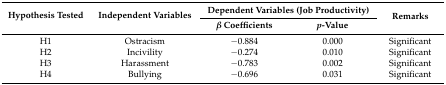
| <ROWSPAN=2> Hypothesis Tested | <ROWSPAN=2> Independent Variables | <COLSPAN=2> Dependent Variables (Job Productivity) | <ROWSPAN=2> Remarks |
 | β Coefficients | p-Value |
 | --- | --- | --- | --- | --- |
 | H1 | Ostracism | −0.884 | 0.000 | Significant |
 | H2 | Incivility | −0.274 | 0.010 | Significant |
 | H3 | Harassment | −0.783 | 0.002 | Significant |
 | H4 | Bullying | −0.696 | 0.031 | Significant |